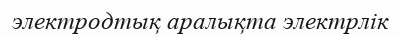
электродтық аралықта электрлік